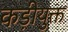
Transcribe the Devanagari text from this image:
कड़ीयुक्त